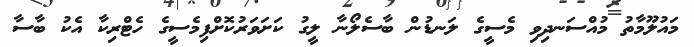
މައުލޫމާތު މުއްސަނދިވި މެސީގެ ލަނޑުން ބާސެލޯނާ ލީގު ކަށަވަރުކޮށްފިމެސީގެ ހެޓްރިކާ އެކު ބާސާ